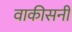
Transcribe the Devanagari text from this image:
वाकीसनी